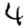
Digit: 4